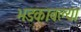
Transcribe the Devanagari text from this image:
भडकावल्या